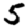
Digit: 5